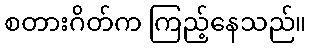
စတားဂိတ်က ကြည့်နေသည်။